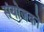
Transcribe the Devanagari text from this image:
संयोजको